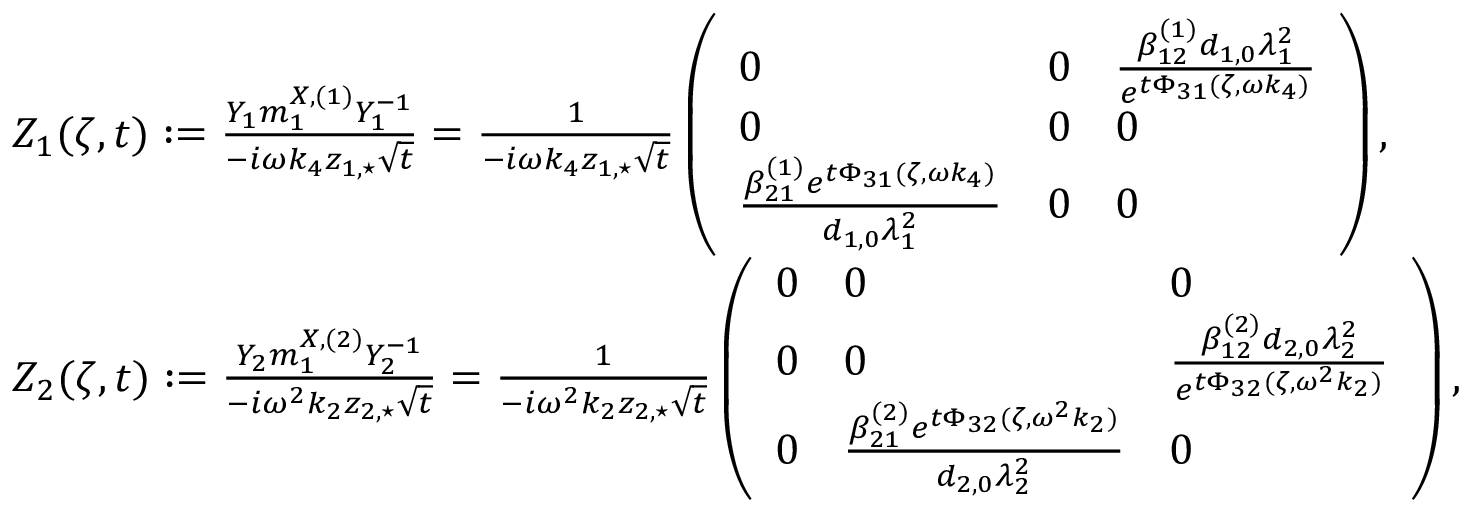
\begin{array} { r l } & { Z _ { 1 } ( \zeta , t ) : = \frac { Y _ { 1 } m _ { 1 } ^ { X , ( 1 ) } Y _ { 1 } ^ { - 1 } } { - i \omega k _ { 4 } z _ { 1 , \star } \sqrt { t } } = \frac { 1 } { - i \omega k _ { 4 } z _ { 1 , \star } \sqrt { t } } \left( \begin{array} { l l l } { 0 } & { 0 } & { \frac { \beta _ { 1 2 } ^ { ( 1 ) } d _ { 1 , 0 } \lambda _ { 1 } ^ { 2 } } { e ^ { t \Phi _ { 3 1 } ( \zeta , \omega k _ { 4 } ) } } } \\ { 0 } & { 0 } & { 0 } \\ { \frac { \beta _ { 2 1 } ^ { ( 1 ) } e ^ { t \Phi _ { 3 1 } ( \zeta , \omega k _ { 4 } ) } } { d _ { 1 , 0 } \lambda _ { 1 } ^ { 2 } } } & { 0 } & { 0 } \end{array} \right) , } \\ & { Z _ { 2 } ( \zeta , t ) : = \frac { Y _ { 2 } m _ { 1 } ^ { X , ( 2 ) } Y _ { 2 } ^ { - 1 } } { - i \omega ^ { 2 } k _ { 2 } z _ { 2 , \star } \sqrt { t } } = \frac { 1 } { - i \omega ^ { 2 } k _ { 2 } z _ { 2 , \star } \sqrt { t } } \left( \begin{array} { l l l } { 0 } & { 0 } & { 0 } \\ { 0 } & { 0 } & { \frac { \beta _ { 1 2 } ^ { ( 2 ) } d _ { 2 , 0 } \lambda _ { 2 } ^ { 2 } } { e ^ { t \Phi _ { 3 2 } ( \zeta , \omega ^ { 2 } k _ { 2 } ) } } } \\ { 0 } & { \frac { \beta _ { 2 1 } ^ { ( 2 ) } e ^ { t \Phi _ { 3 2 } ( \zeta , \omega ^ { 2 } k _ { 2 } ) } } { d _ { 2 , 0 } \lambda _ { 2 } ^ { 2 } } } & { 0 } \end{array} \right) , } \end{array}